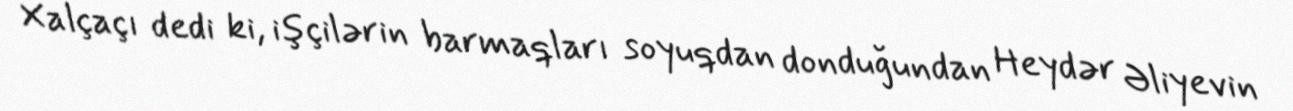
Xalçaçı dedi ki, işçilərin barmaqları soyuqdan donduğundan Heydər Əliyevin